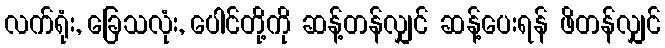
လက်ရုံး, ခြေသလုံး, ပေါင်တို့ကို ဆန့်တန်လျှင် ဆန့်ပေးရန် ဖိတန်လျှင်